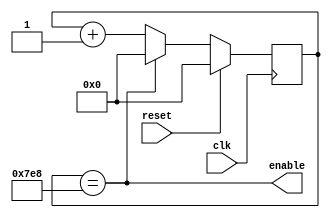
///////////////////////////////////////////////////////////////////////////////
// enable goes high every 75us, providing 8x oversampling for 
// 600us width signal (parameter: 27mhz clock: 2024, 25mhz clock: 1875)
// Updated November 1, 2015 - added in parameter for multiple clock driving output (Brian Plancher)
///////////////////////////////////////////////////////////////////////////////
module divider_600us #(parameter COUNT_GOAL=2024)
					  (input wire clk,
					   input wire reset,
					   output wire enable);

  reg [10:0] count;

  always@(posedge clk) 
  begin
	 if (reset)
		count <= 0;
	 else if (count == COUNT_GOAL)
		count <= 0;
	 else
		count <= count + 1;
  end
  assign enable = (count == COUNT_GOAL);  
endmodule